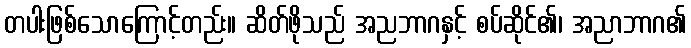
တပါးဖြစ်သောကြောင့်တည်း။ ဆိတ်ဖိုသည် အညဘာဂနှင့် စပ်ဆိုင်၏၊ အညာဘာဂ၏